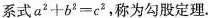
系式$$a^{2}+b^{2}=c^{2}$$，称为勾股定理。